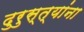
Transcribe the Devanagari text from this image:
दुरुस्त्यांना